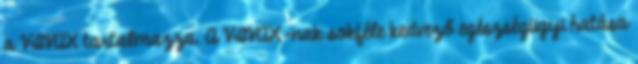
a VIVAX tartalmazza. A VIVAX-nak sokféle kedvező egészségügyi hatása